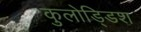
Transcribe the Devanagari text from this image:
कुलोड्डिश